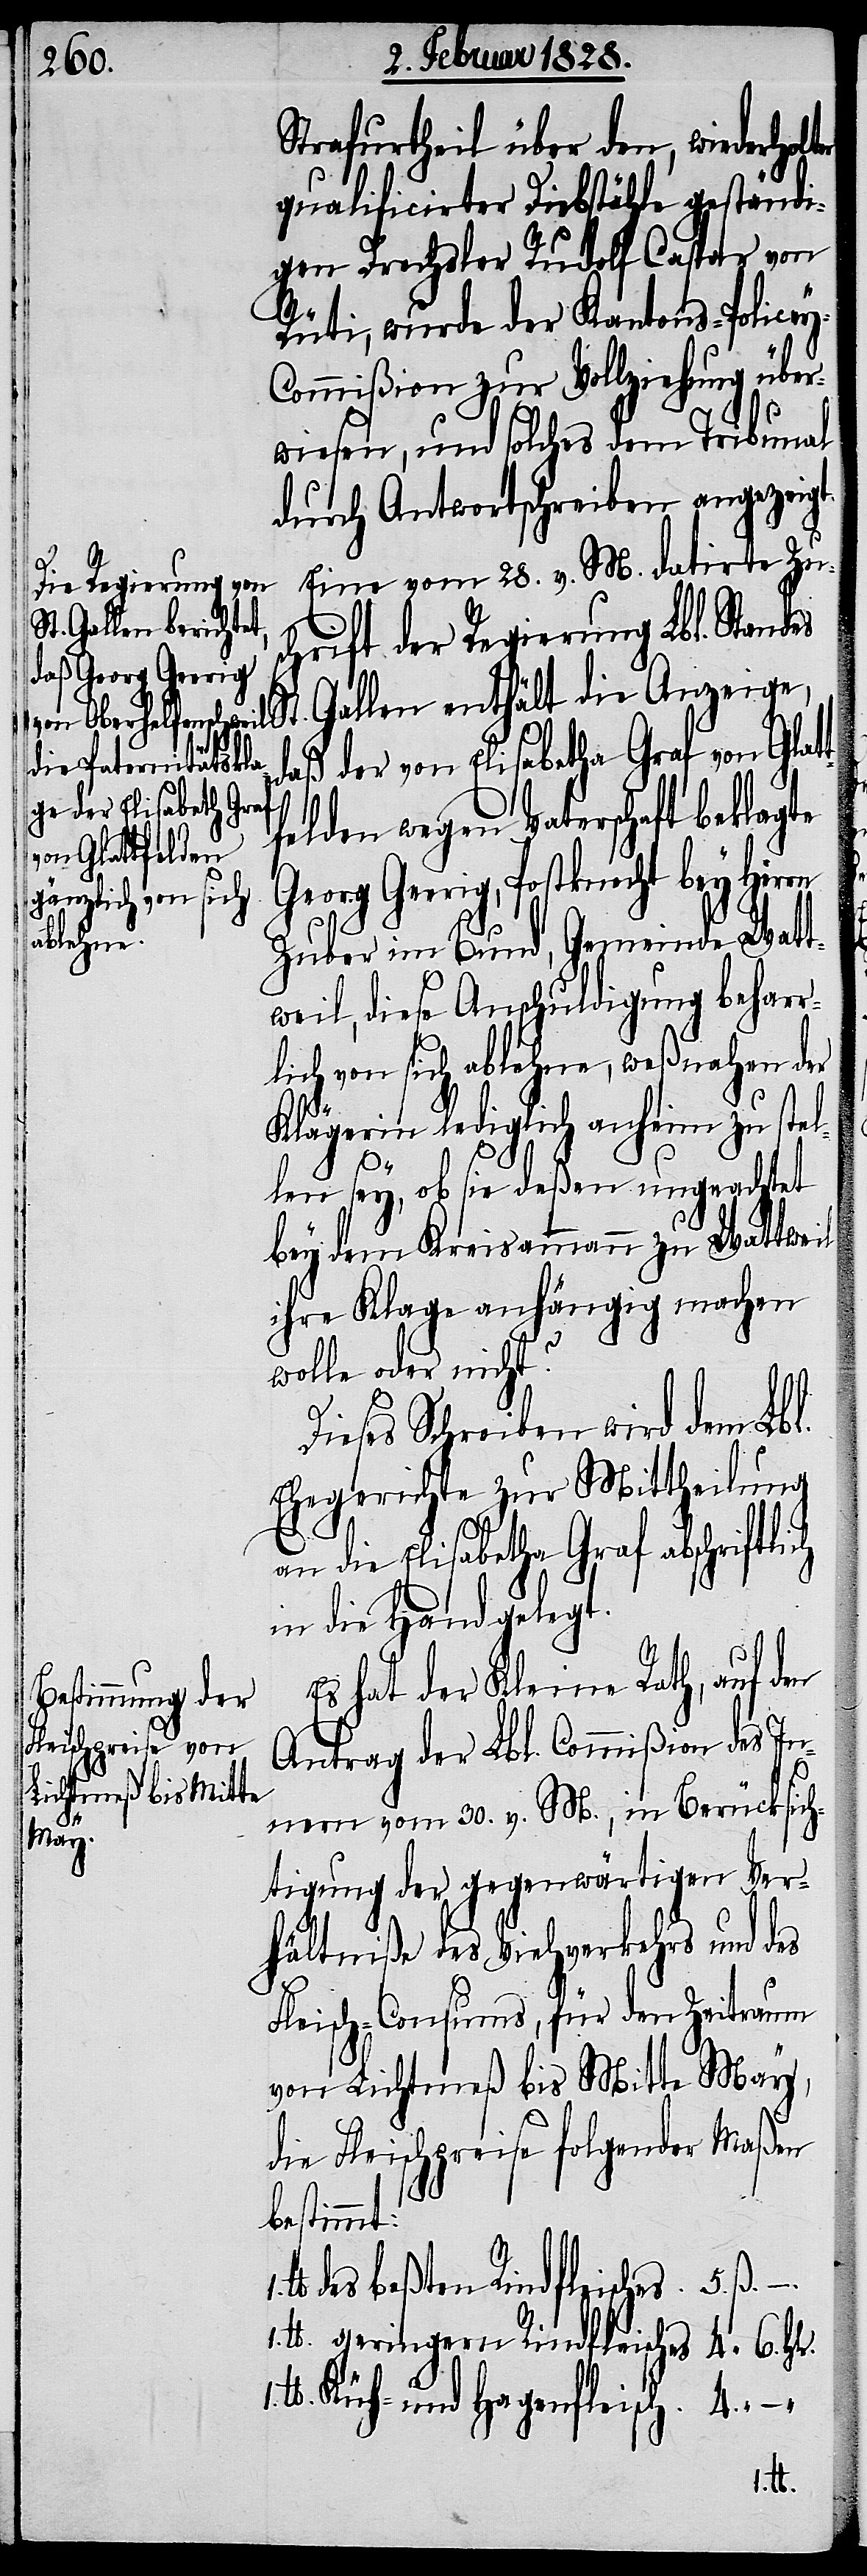
Strafurtheil über den, wiederholt¬
qualificirter Diebstähle geständi¬
gen Drechsler Rudolf Caspar von
Rüti, wurde der Kantons-Policey-C¬
ommißion zur Vollziehung über¬
wiesen, und solches dem Tribunal
durch Antwortschreiben angezeigt.
St.
Eine vom 28. v. M. datirte Zu¬
schrift der Regierung Lbl. Standes
Gallen enthält die Anzeige,
daß der von Elisabetha [sic!] Graf
felden wegen Vaterschaft beklagte
von Glatt¬
Georg Geerig, Postknecht bey Herrn
Zuber im Bund, Gemeinde Watt¬
weil, diese Anschuldigung beharr¬
lich von sich ablehne, weßnahen der
Klägerin lediglich anheim zu stel¬
len sey, ob sie deßen ungeachtet
bey dem Kreisammann zu Wattweil
ihre Klage anhängig machen
wolle oder nicht?
Dieses Schreiben wird dem Lbl.
Ehegerichte zur Mittheilung
an die Elisabetha [sic!]
in die Hand gelegt.
Es hat der Kleine Rath, auf den
Antrag der Lbl. Commißion des In¬
1.
nern vom 30. v. M., in Berücksich¬
tigung der gegenwärtigen Ver¬
hältniße des Viehverkehrs und des
Fleisch-Consums, für den Zeitraum
von Lichtmeß bis Mitte May,
die Fleischpreise folgender Maßen
bestimmt:
des beßten Rindfleisches	5.ß. –
1. lb. geringern Rindfleisches	4.“ 6.Hlr.
lb. Küch- und Hagenfleisch	4.“ –
lb.